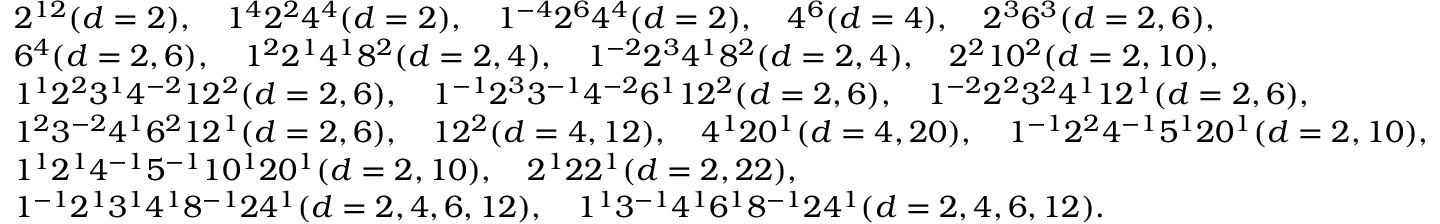
\begin{array} { r l } & { 2 ^ { 1 2 } ( d = 2 ) , \quad 1 ^ { 4 } 2 ^ { 2 } 4 ^ { 4 } ( d = 2 ) , \quad 1 ^ { - 4 } 2 ^ { 6 } 4 ^ { 4 } ( d = 2 ) , \quad 4 ^ { 6 } ( d = 4 ) , \quad 2 ^ { 3 } 6 ^ { 3 } ( d = 2 , 6 ) , } \\ & { 6 ^ { 4 } ( d = 2 , 6 ) , \quad 1 ^ { 2 } 2 ^ { 1 } 4 ^ { 1 } 8 ^ { 2 } ( d = 2 , 4 ) , \quad 1 ^ { - 2 } 2 ^ { 3 } 4 ^ { 1 } 8 ^ { 2 } ( d = 2 , 4 ) , \quad 2 ^ { 2 } 1 0 ^ { 2 } ( d = 2 , 1 0 ) , } \\ & { 1 ^ { 1 } 2 ^ { 2 } 3 ^ { 1 } 4 ^ { - 2 } 1 2 ^ { 2 } ( d = 2 , 6 ) , \quad 1 ^ { - 1 } 2 ^ { 3 } 3 ^ { - 1 } 4 ^ { - 2 } 6 ^ { 1 } 1 2 ^ { 2 } ( d = 2 , 6 ) , \quad 1 ^ { - 2 } 2 ^ { 2 } 3 ^ { 2 } 4 ^ { 1 } 1 2 ^ { 1 } ( d = 2 , 6 ) , } \\ & { 1 ^ { 2 } 3 ^ { - 2 } 4 ^ { 1 } 6 ^ { 2 } 1 2 ^ { 1 } ( d = 2 , 6 ) , \quad 1 2 ^ { 2 } ( d = 4 , 1 2 ) , \quad 4 ^ { 1 } 2 0 ^ { 1 } ( d = 4 , 2 0 ) , \quad 1 ^ { - 1 } 2 ^ { 2 } 4 ^ { - 1 } 5 ^ { 1 } 2 0 ^ { 1 } ( d = 2 , 1 0 ) , } \\ & { 1 ^ { 1 } 2 ^ { 1 } 4 ^ { - 1 } 5 ^ { - 1 } 1 0 ^ { 1 } 2 0 ^ { 1 } ( d = 2 , 1 0 ) , \quad 2 ^ { 1 } 2 2 ^ { 1 } ( d = 2 , 2 2 ) , } \\ & { 1 ^ { - 1 } 2 ^ { 1 } 3 ^ { 1 } 4 ^ { 1 } 8 ^ { - 1 } 2 4 ^ { 1 } ( d = 2 , 4 , 6 , 1 2 ) , \quad 1 ^ { 1 } 3 ^ { - 1 } 4 ^ { 1 } 6 ^ { 1 } 8 ^ { - 1 } 2 4 ^ { 1 } ( d = 2 , 4 , 6 , 1 2 ) . } \end{array}